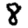
Digit: 8